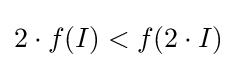
2\cdot f(I)<f(2\cdot I)